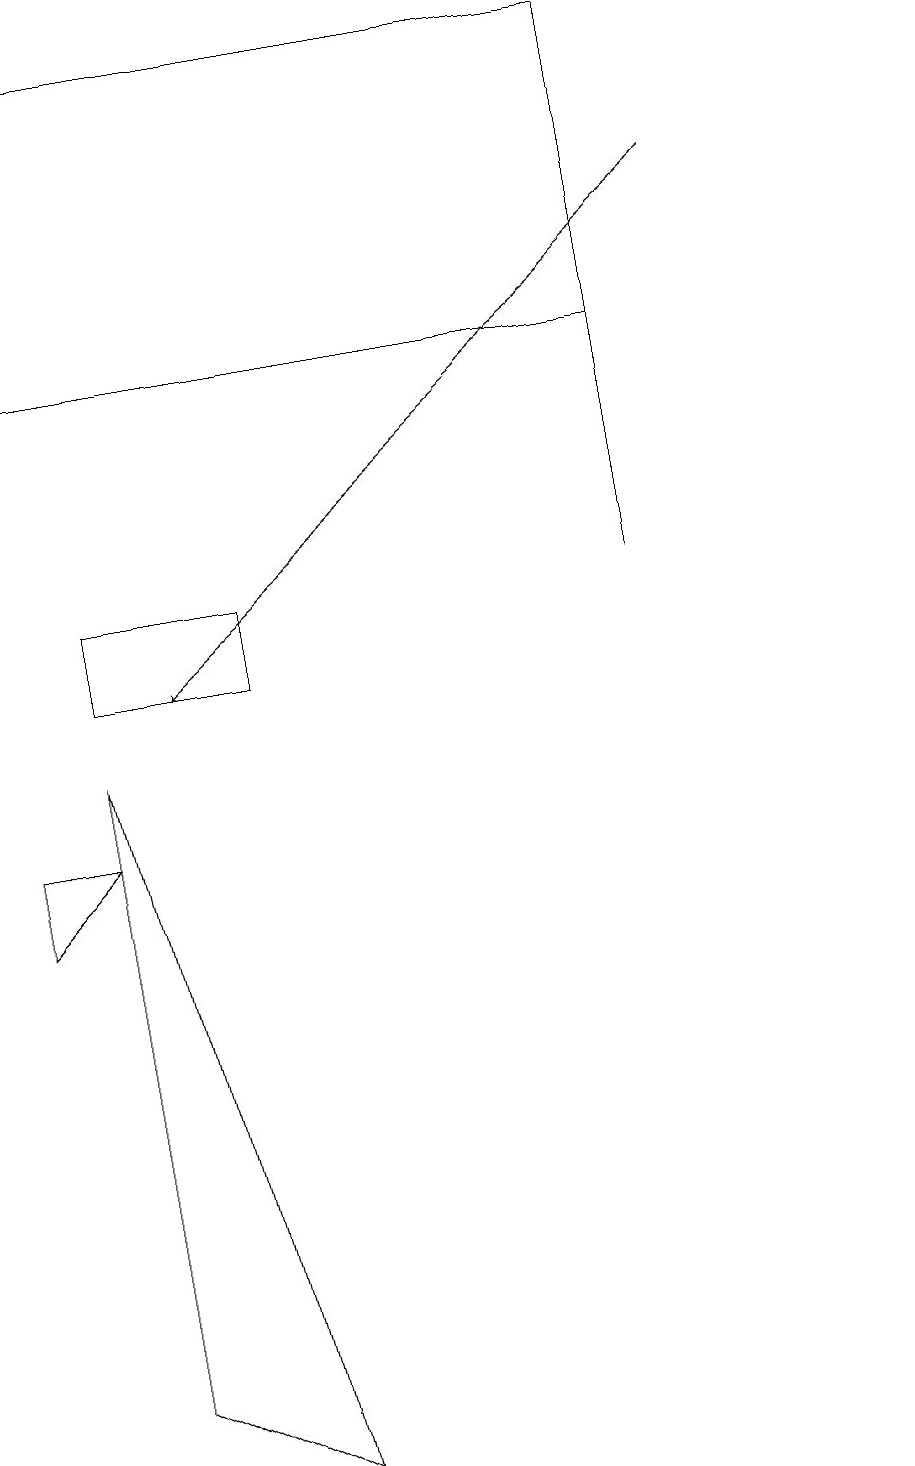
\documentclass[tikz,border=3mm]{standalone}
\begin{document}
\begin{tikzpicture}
\draw (1,10) rectangle (3,11);
\draw (1,9) -- (1,1) -- (3,0) -- cycle;
\draw[->] (9,16) -- (2,10);
\draw (11,11) circle (0);
\draw (0,8) -- (1,8) -- (0,7) -- cycle;
\draw (0,18) rectangle (8,14);
\draw (8,18) rectangle (8,11);
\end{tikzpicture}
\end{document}